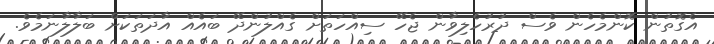
އެގޮތުން ކޮންމެހެން ވެސް ދުރުހެލިވާން ޖެހޭ ސިއްހަތަށް ގެއްލުންދޭ ބައެއް އާދަތަކަށް ބަލާލާނަމެވެ.